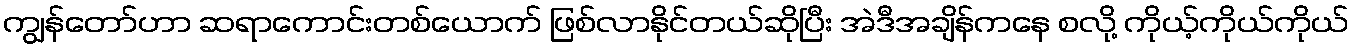
ကျွန်တော်ဟာ ဆရာကောင်းတစ်ယောက် ဖြစ်လာနိုင်တယ်ဆိုပြီး အဲဒီအချိန်ကနေ စလို့ ကိုယ့်ကိုယ်ကိုယ်